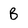
Character: B